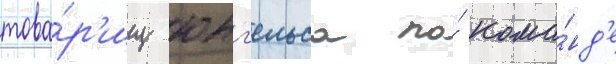
това́р'ищ юнг'ельса по́ кома́нд'е